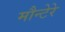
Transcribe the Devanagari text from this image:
मौन्टेरे